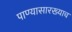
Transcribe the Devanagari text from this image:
पाण्यासारख्याच